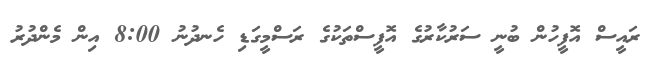
ރައީސް އޮފީހުން ބުނީ ސަރުކާރުގެ އޮފީސްތަކުގެ ރަސްމީގަޑި ހެނދުނު 8:00 އިން މެންދުރު